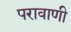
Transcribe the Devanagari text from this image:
परावाणी